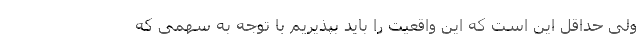
ولی حداقل این است که این واقعیت را باید بپذیریم با توجه به سهمی که